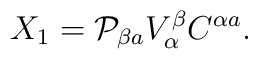
X_1={\cal P}_{\beta a}V^\beta_\alpha C^{\alpha a}.